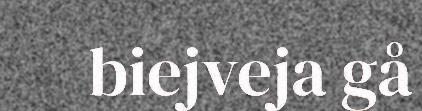
biejveja gå